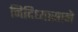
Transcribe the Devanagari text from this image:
निदिध्यासाने